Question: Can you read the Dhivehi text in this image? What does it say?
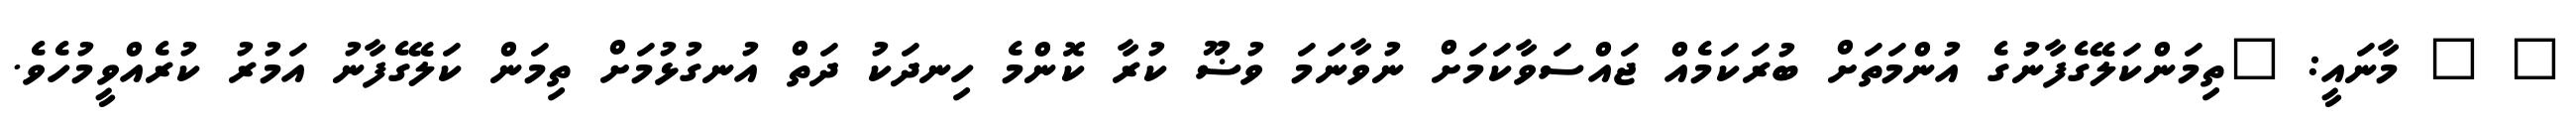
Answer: " " މާނައީ: "ތިމަންކަލޭގެފާނުގެ އުންމަތަށް ބުރަކަމެއް ޖައްސަވާކަމަށް ނުވާނަމަ ވުޟޫ ކުރާ ކޮންމެ ހިނދަކު ދަތް އުނގުޅުމަށް ތިމަން ކަލޭގެފާނު އަމުރު ކުރެއްވީމުހެވެ.